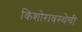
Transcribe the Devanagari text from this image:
किशोरावस्थेची